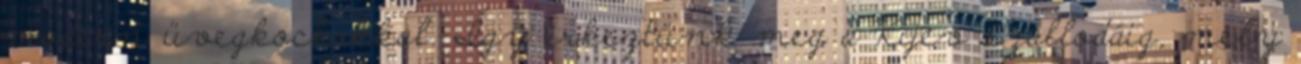
modern üvegkockákkal. Így érkeztünk meg a Kijev szállodáig, mely